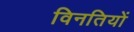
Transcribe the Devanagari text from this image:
विनतियों